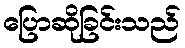
ပြောဆိုခြင်းသည်